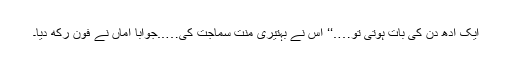
ایک آدھ دن کی بات ہوتی تو….‘‘ اس نے بہتیری منت سماجت کی…..جواباً اماں نے فون رکھ دیا۔